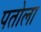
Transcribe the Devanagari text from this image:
पतोला